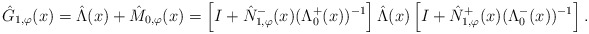
\begin{align*}\hat{G}_{1,\varphi}(x) = \hat{\Lambda}(x) + \hat{M}_{0,\varphi}(x) = \left[I + \hat{N}_{1,\varphi}^{-}(x) (\Lambda^{+}_{0}(x))^{-1}\right] \hat{\Lambda}(x) \left[I + \hat{N}_{1,\varphi}^{+}(x) (\Lambda^{-}_{0}(x))^{-1}\right].\end{align*}